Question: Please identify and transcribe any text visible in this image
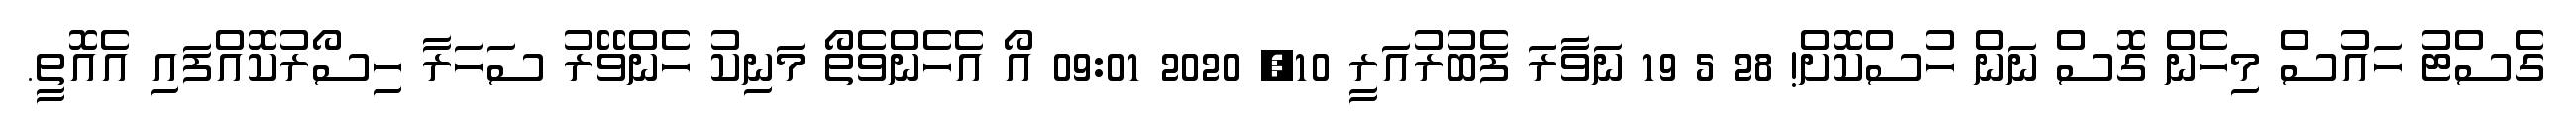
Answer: ގެސްޓު ހައުސް މިހެން ގޮސް ނަން ހުސްކޮށް! 28 5 19 ނަވާރަ ފެބުރުއަރީ 10, 2020 09:01 އޯ އެހެންވެތޯ މަނިކު ހެންވޭރު ސަހަރާ ހިސޯރުކޮއްފައި އެއޮތީ.